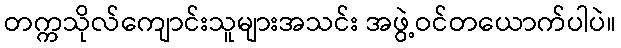
တက္ကသိုလ်ကျောင်းသူများအသင်း အဖွဲ့ဝင်တယောက်ပါပဲ။